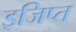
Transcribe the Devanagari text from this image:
इजिप्‍त